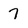
Character: 7